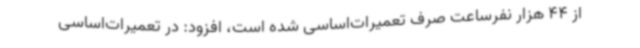
از 44 هزار نفرساعت صرف تعمیرات‌اساسی شده است، افزود: در تعمیرات‌اساسی